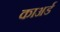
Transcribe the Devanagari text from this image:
काअर्ड